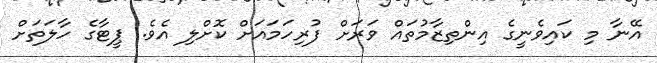
އޭނާ މި ކައިވެނީގެ އިންތިޒާމުތައް ވަރަށް ފުރިހަމައަށް ކޮށްލި އެވެ. ޕީޓާގެ ހާލަތަށް